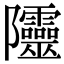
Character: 𨽲